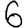
Digit: 6